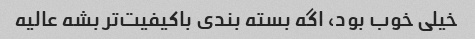
خیلی خوب بود، اگه بسته بندی باکیفیت‌تر بشه عالیه